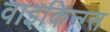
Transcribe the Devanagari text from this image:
वाइकिन्ग्स